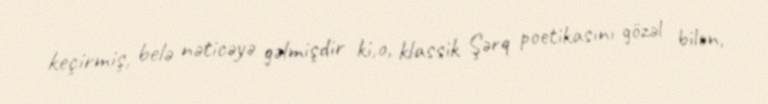
keçirmiş, belə nəticəyə gəlmişdir ki,o, klassik Şərq poetikasını gözəl bilən,